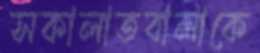
সকালাতবালাকে